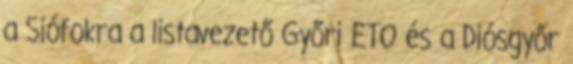
a Siófokra a listavezető Győri ETO és a Diósgyőr